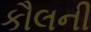
કૌલની